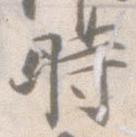
時